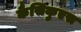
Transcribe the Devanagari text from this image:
कैसिकुएस